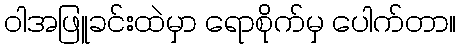
ဝါအဖြူခင်းထဲမှာ ရောစိုက်မှ ပေါက်တာ။